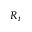
R _ { i }